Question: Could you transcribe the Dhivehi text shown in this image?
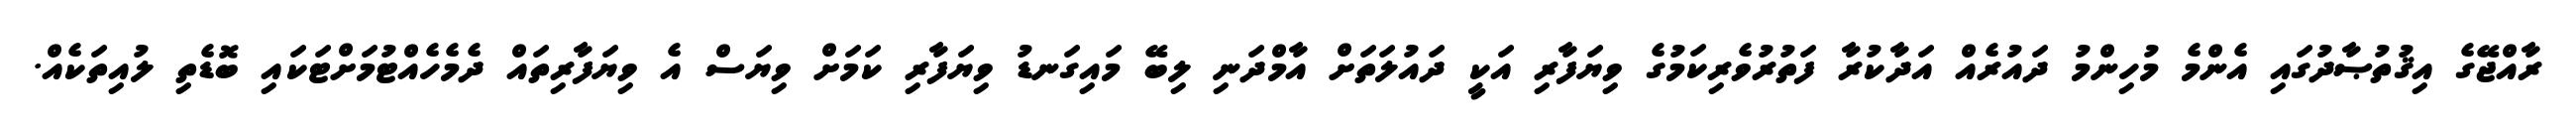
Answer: ރާއްޖޭގެ އިޤުތުޞާދުގައި އެންމެ މުހިންމު ދައުރެއް އަދާކުރާ ފަތުރުވެރިކަމުގެ ވިޔަފާރި އަކީ ދައުލަތަށް އާމްދަނި ލިބޭ މައިގަނޑު ވިޔަފާރި ކަމަށް ވިޔަސް އެ ވިޔަފާރިތައް ދެމެހެއްޓުމަށްޓަކައި ބޮޑެތި ލުއިތަކެއް.